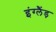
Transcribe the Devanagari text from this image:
इंग्लैंड़